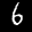
Label: 6